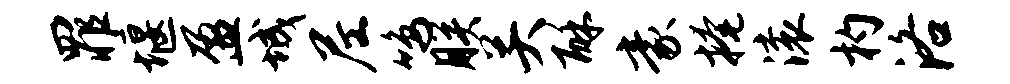
罪堰盈城尼鸣朕关酥豪掩滚杓洛